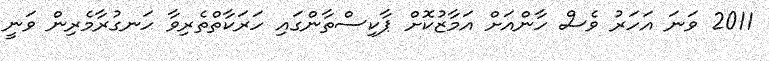
2011 ވަނަ އަހަރު ވެސް ހާންއަށް އަމާޒުކޮށް ޕާކިސްތާންގައި ހަރަކާތްތެރިވާ ހަނގުރާމެރިން ވަނީ